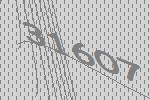
31607